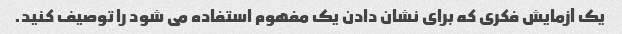
یک آزمایش فکری که برای نشان دادن یک مفهوم استفاده می شود را توصیف کنید.